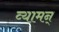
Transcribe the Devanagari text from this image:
व्यामन्